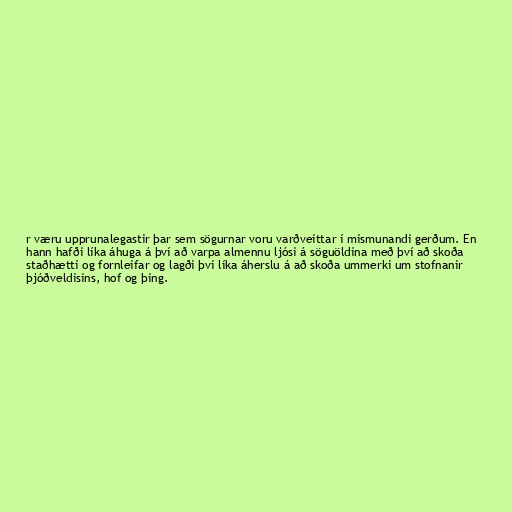
r væru upprunalegastir þar sem sögurnar voru varðveittar í mismunandi gerðum. En
hann hafði líka áhuga á því að varpa almennu ljósi á söguöldina með því að skoða
staðhætti og fornleifar og lagði því líka áherslu á að skoða ummerki um stofnanir
þjóðveldisins, hof og þing.